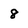
Character: 8